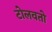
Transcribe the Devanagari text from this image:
टोलवतो